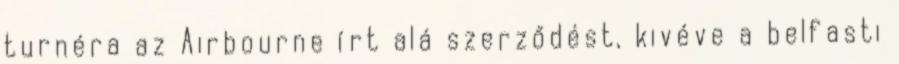
turnéra az Airbourne í­rt alá szerződést, kivéve a belfasti